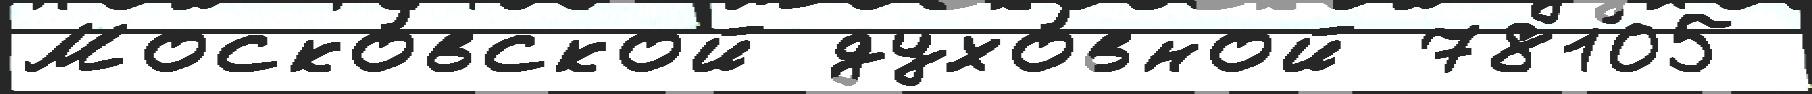
Моско́вской духо́вной 78105